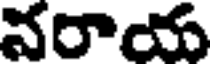
నరాయ